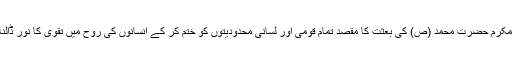
نبی مکرم حضرت محمد (ص) کی بعثت کا مقصد تمام قومی اور لسانی محدودیتوں کو ختم کر کے انسانوں کی روح میں تقوی کا نور ڈالنا تھا۔